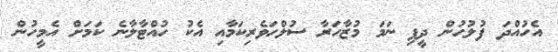
އެހުއްދަ ފުލުހުން ދީފި ނަމަ މުޒާހަރާ ސުލްހަވެރިކަމާއި އެކު ހުއްޓާލާނެ ކަމަށް އެމީހުން